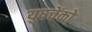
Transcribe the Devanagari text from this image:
युषचेंको